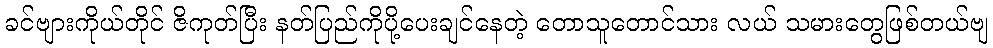
ခင်ဗျားကိုယ်တိုင် ဇိကုတ်ပြီး နတ်ပြည်ကိုပို့ပေးချင်နေတဲ့ တောသူတောင်သား လယ် သမားတွေဖြစ်တယ်ဗျ